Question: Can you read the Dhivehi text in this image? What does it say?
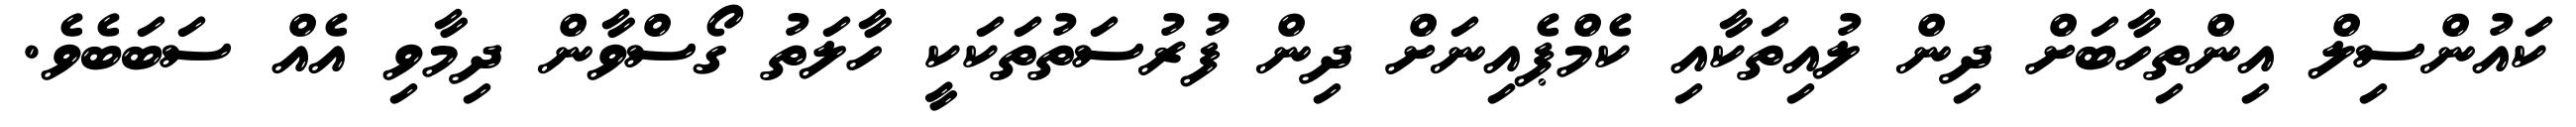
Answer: ކައުންސިލް އިންތިހާބަށް ދިން ލުއިތަކާއި ކެމްޕެއިނަށް ދިން ފުރުސަތުތަކަކީ ހާލަތު ގޯސްވާން ދިމާވި އެއް ސަބަބެވެ.